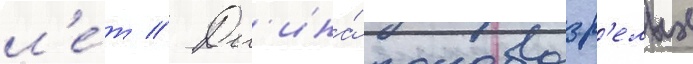
л'е́т // Дл'ина́ половозр'елых